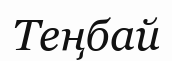
Теңбай